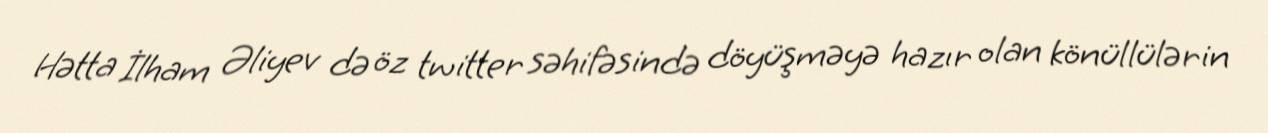
Hətta İlham Əliyev də öz twitter səhifəsində döyüşməyə hazır olan könüllülərin